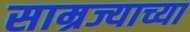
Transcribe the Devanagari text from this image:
साम्रज्याच्या